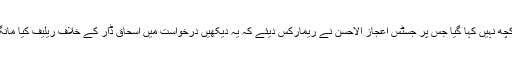
طارق حسن نے اپنے دلائل میں کہا کہ پاناما کیس کے عبوری فیصلے میں اسحاق ڈار کے خلاف کچھ نہیں کہا گیا جس پر جسٹس اعجاز الاحسن نے ریمارکس دیئے کہ یہ دیکھیں درخواست میں اسحاق ڈار کے خلاف ریلیف کیا مانگا گیا اس وقت نااہل نہیں کر سکتے تھے، اس لیے ہم نے مزید تحقیقات کے لیے جے آئی ٹی بنائی۔